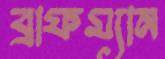
ব্রাফম্যান